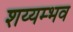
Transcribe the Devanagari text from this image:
शय्यम्भव